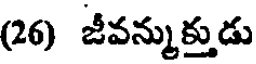
(26) జీవన్నుక్తుడు